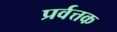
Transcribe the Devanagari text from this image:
प्रर्वत्तक